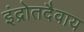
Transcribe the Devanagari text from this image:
इंद्रोतदैवाय